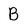
Character: B